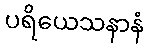
ပရိယေသနာနံ